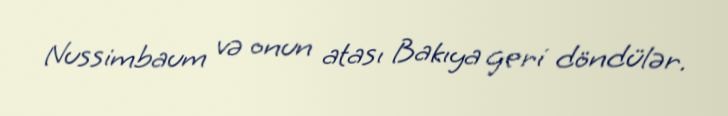
Nussimbaum və onun atası Bakıya geri döndülər.